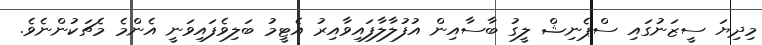
މިދިޔަ ސީޒަނުގައި ސްޕެނިޝް ލީގު ބާސާއިން އުފުލާލާފައިވާއިރު އެޓީމު ބަލިވެފައިވަނީ އެންމެ މެޗަކުންނެވެ.